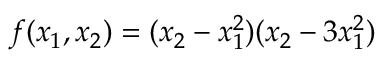
f ( x _ { 1 } , x _ { 2 } ) = ( x _ { 2 } - x _ { 1 } ^ { 2 } ) ( x _ { 2 } - 3 x _ { 1 } ^ { 2 } )